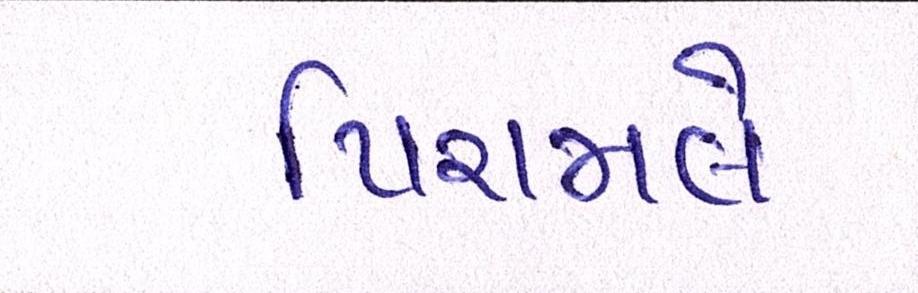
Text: પિરામલે